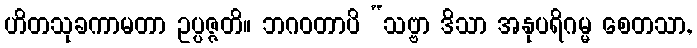
ဟိတသုခကာမတာ ဥပ္ပဇ္ဇတိ။ ဘဂဝတာပိ “သဗ္ဗာ ဒိသာ အနုပရိဂမ္မ စေတသာ,